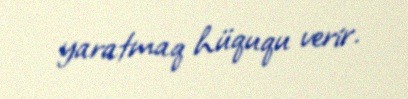
yaratmaq hüququ verir.